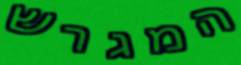
המגרש